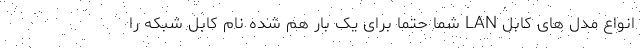
انواع مدل های کابل LAN شما حتما برای یک بار هم شده نام کابل شبکه را